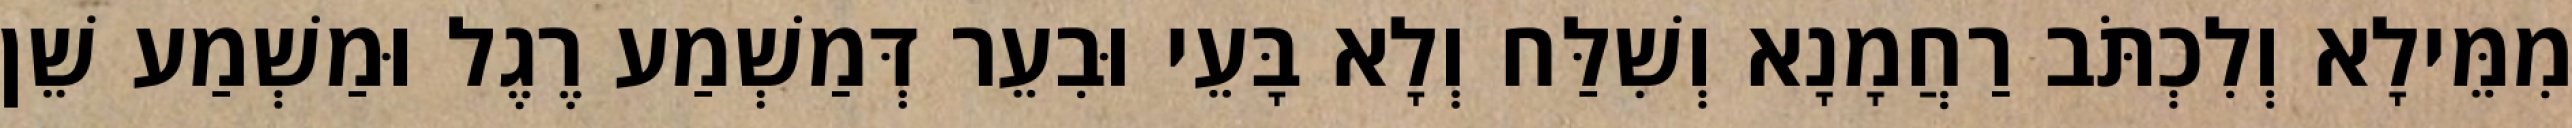
מִמֵּילָא וְלִכְתֹּב רַחֲמָנָא וְשִׁלַּח וְלָא בָּעֵי וּבִעֵר דְּמַשְׁמַע רֶגֶל וּמַשְׁמַע שֵׁן